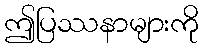
ဤပြဿနာများကို